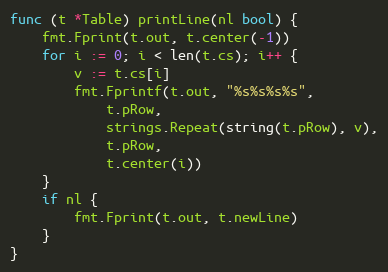
Language: Go
func (t *Table) printLine(nl bool) {
	fmt.Fprint(t.out, t.center(-1))
	for i := 0; i < len(t.cs); i++ {
		v := t.cs[i]
		fmt.Fprintf(t.out, "%s%s%s%s",
			t.pRow,
			strings.Repeat(string(t.pRow), v),
			t.pRow,
			t.center(i))
	}
	if nl {
		fmt.Fprint(t.out, t.newLine)
	}
}